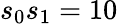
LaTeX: s_{0}s_{1}=10